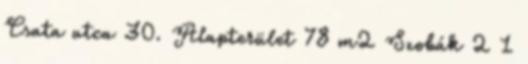
Csata utca 30. Alapterület 78 m2 Szobák 2 1